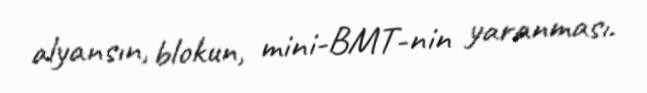
alyansın, blokun, mini-BMT-nin yaranması.